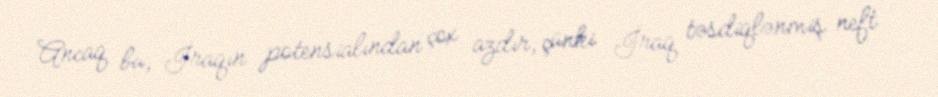
Ancaq bu, İraqın potensialından çox azdır, çünki İraq təsdiqlənmiş neft